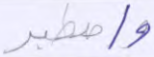
واصطبر